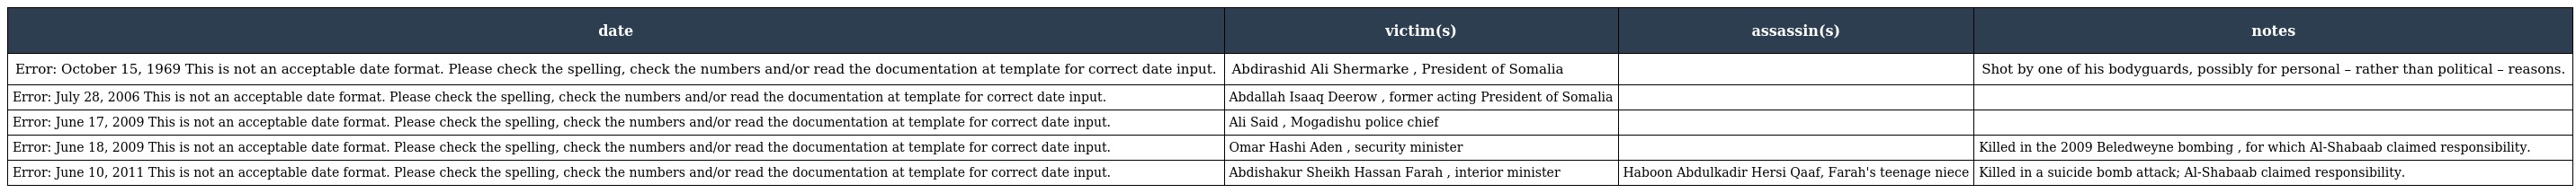
| date | victim(s) | assassin(s) | notes |
 | --- | --- | --- | --- |
 | Error: October 15, 1969 This is not an acceptable date format. Please check the spelling, check the numbers and/or read the documentation at template for correct date input. | Abdirashid Ali Shermarke , President of Somalia |  | Shot by one of his bodyguards, possibly for personal – rather than political – reasons. |
 | Error: July 28, 2006 This is not an acceptable date format. Please check the spelling, check the numbers and/or read the documentation at template for correct date input. | Abdallah Isaaq Deerow , former acting President of Somalia |  |  |
 | Error: June 17, 2009 This is not an acceptable date format. Please check the spelling, check the numbers and/or read the documentation at template for correct date input. | Ali Said , Mogadishu police chief |  |  |
 | Error: June 18, 2009 This is not an acceptable date format. Please check the spelling, check the numbers and/or read the documentation at template for correct date input. | Omar Hashi Aden , security minister |  | Killed in the 2009 Beledweyne bombing , for which Al-Shabaab claimed responsibility. |
 | Error: June 10, 2011 This is not an acceptable date format. Please check the spelling, check the numbers and/or read the documentation at template for correct date input. | Abdishakur Sheikh Hassan Farah , interior minister | Haboon Abdulkadir Hersi Qaaf, Farah's teenage niece | Killed in a suicide bomb attack; Al-Shabaab claimed responsibility. |